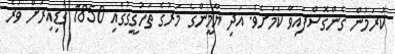
ކުރަމުން ގެންގޮސްފައިވާ ކަމަށެވެ. އަދި ޔާމީންގެ މަރުގެ ތަހުގީގުގައި 1850 ގަޑިއިރަށް ވުރެ